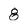
Character: 8